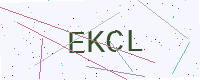
Text: EKCL